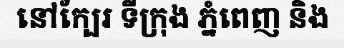
នៅក្បែរ ទីក្រុង ភ្នំពេញ និង